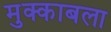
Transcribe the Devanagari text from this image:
मुक्काबला